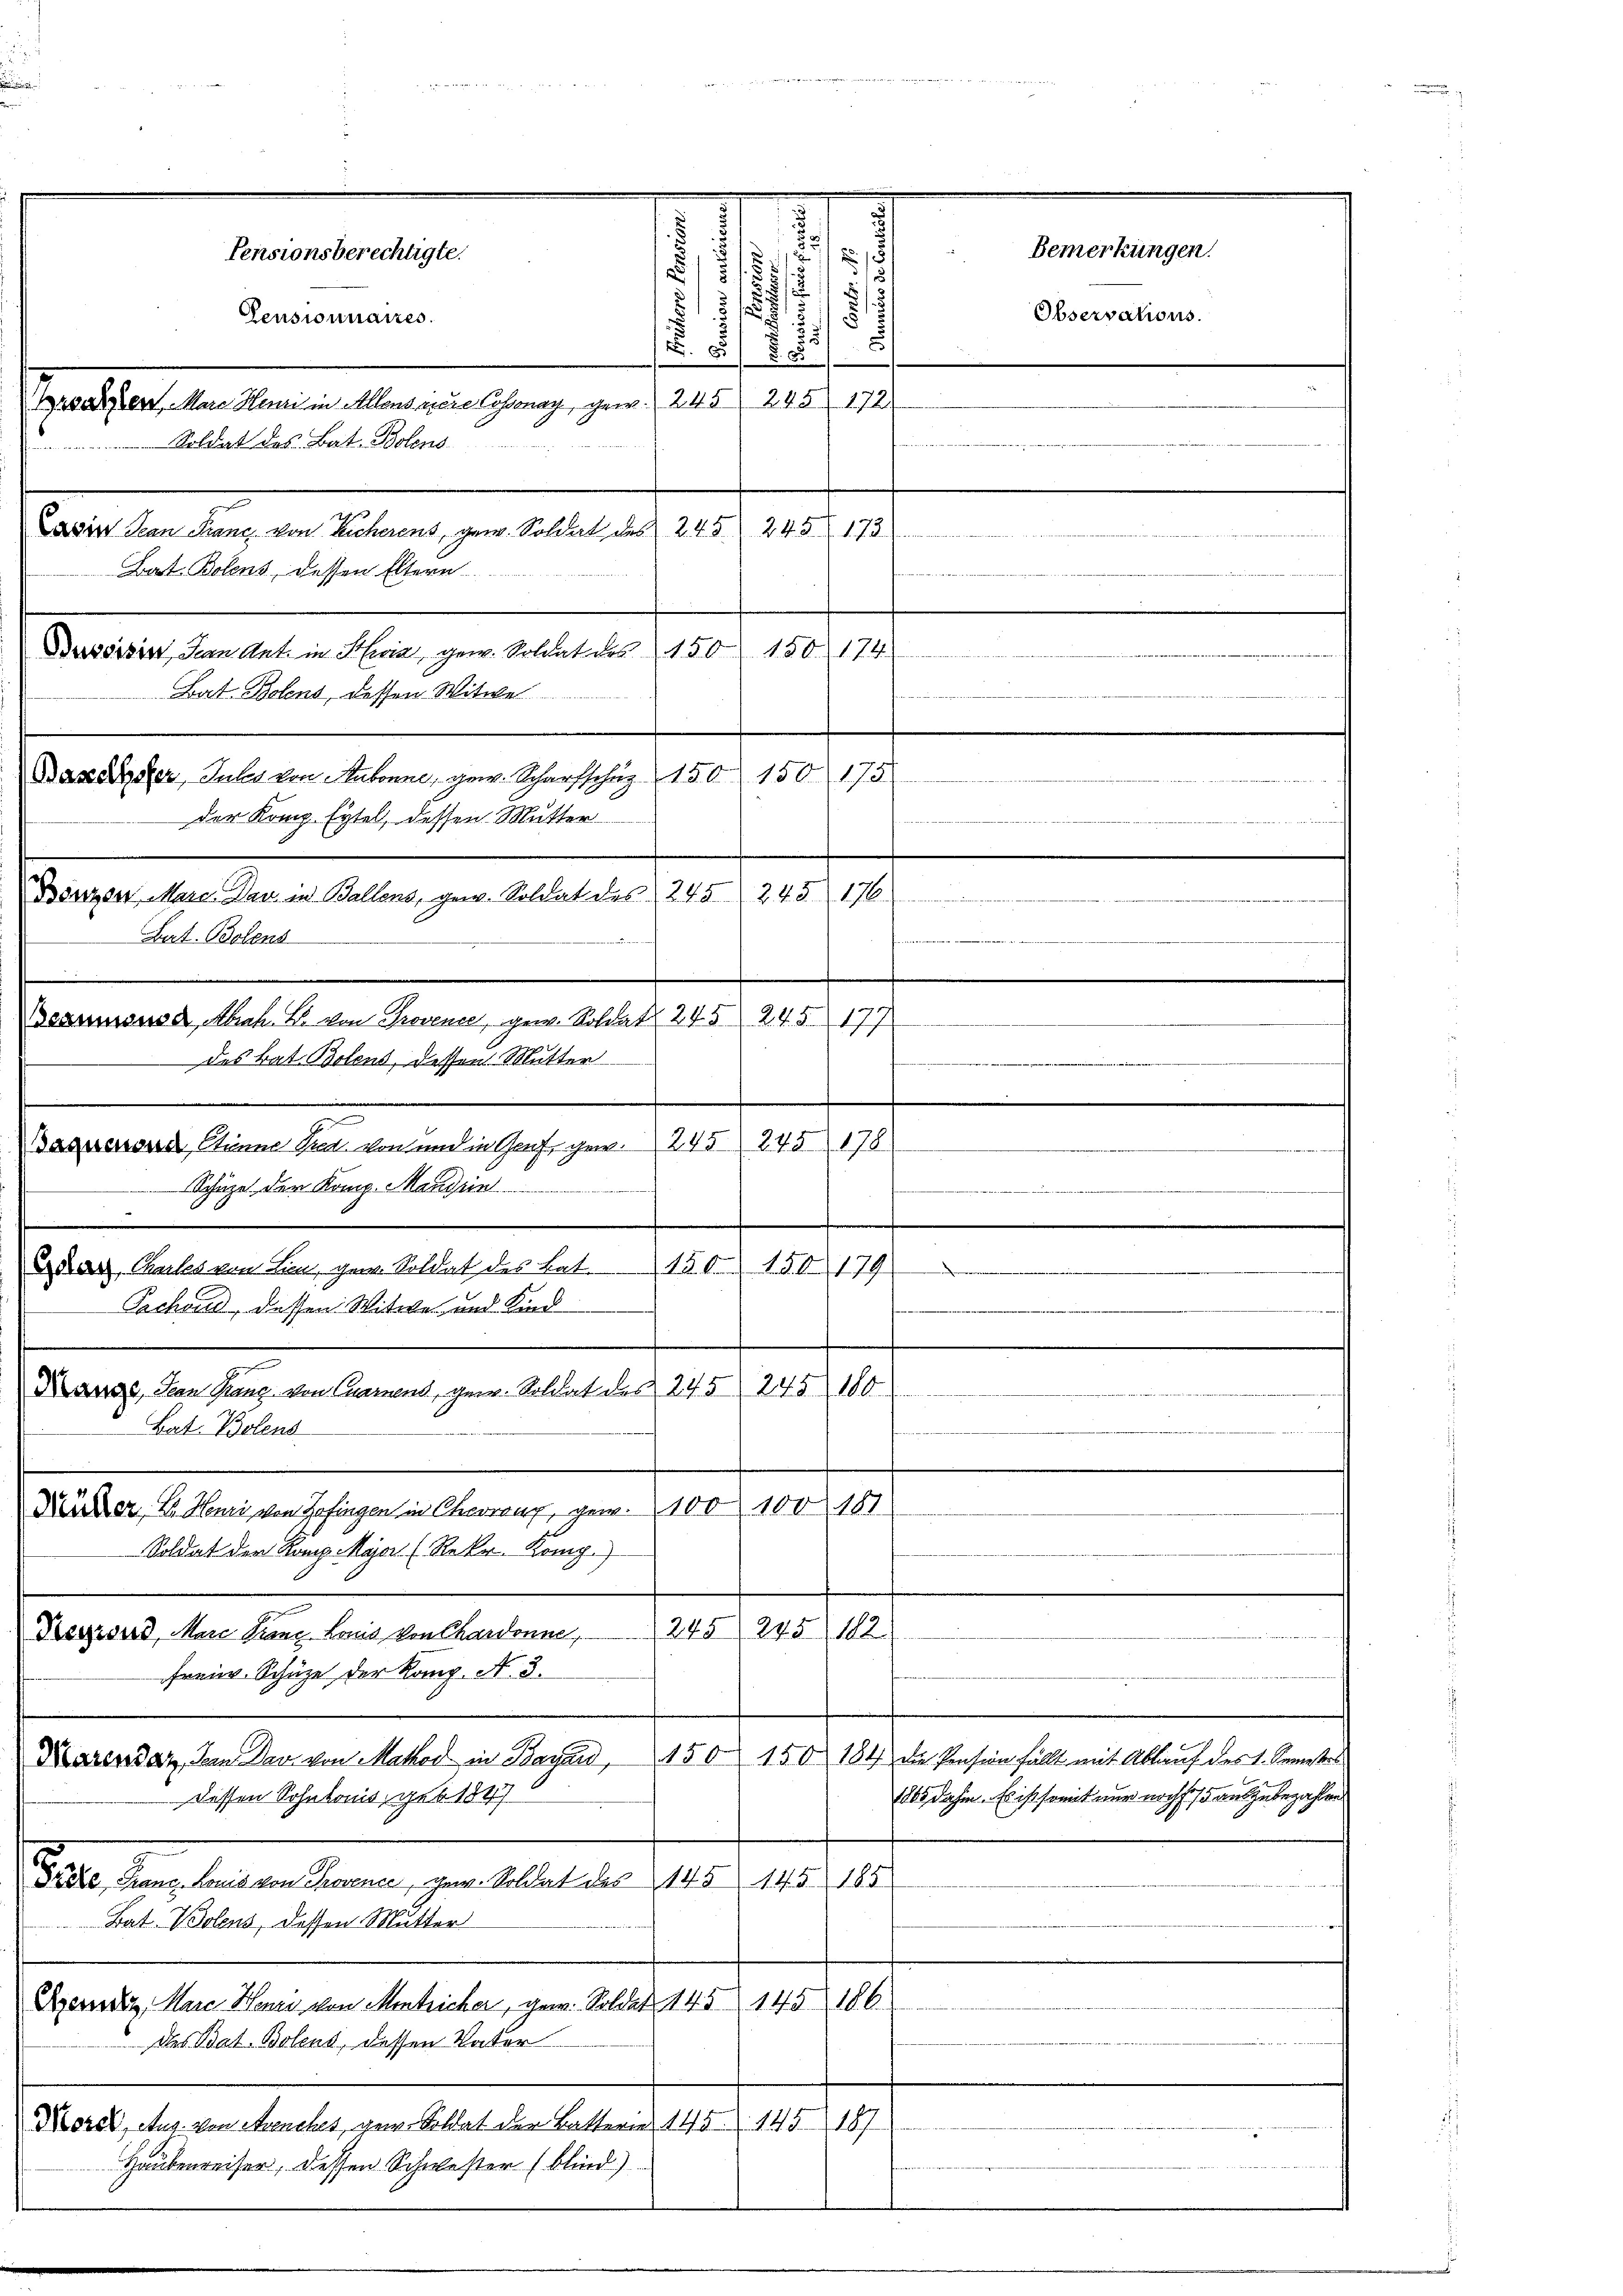
.
)
2
11/
3
u
Observations.
2
Pensionnaires.
u
N. 8 808
Brsalzen. Marie Henri in Allensriere Cossonay, gew. 245 245 178
Soldat des Bat. Ben
Lawin Jean Franz von Leicherens, gew. Soldat das 245 245. 173
Bat. Bolens, dessen Eltern
174)
150.
Praesen derseiten der gern selbe aber 190
Bat Botens, dessen Witwe
1781
Banalser, Intes von Hubonne, gew. Scharfschuz 150 150
der Komp. Eytel, dessen Mutter
176.
Dösizen Marc. Das in Ballens, gew. Soldat des 245 245
Lat. Bolens
ee in ein ein
Beamusnod, Abrah. B. von Provence, gew. Soldat 245 245. 177
des Bat. Bolend, dessen Mutter
Baquessene Sinne den von und in Graf, gew. 245. 243. 178
Schüze der Komp. Manien
.
.
dar, Chartes von Lun, gew. Soldat des Bat. 150. 150. 179
Sachend, dessen Witwe und Kind
Kange, Han Ganz von Carnend, gew. Soldat des 245 245 180
Bat. Bolens
Dürer, V. Henzi, von Zofingen in Cherrenz, gen. 100. 100 181
Soldat der Komp. Major (Rekr. Komp.
245 245, 182
Berond, Mare Franz Lois von Chardonne,
freiw. Schüze der Komp. N. 3.
Karensatz, den Der von Makod in Bayud, 150 150 184 die Pension fällt mit Ablauf des 1. Semesters
1865 dahin. Es ist somit nur noch so auszubezahlen
dessen Sohntonis, geb 1847
Gäste, Grane. Louis von Provence, gew. Soldat des 145. 145. 185
Bat. Violens, dessen Mutter
Benz, Marc Henzi von entricher, gew. Soldet 145 145 186
des Bat. Bolens, dessen Vater
Norel, Aug. von Avenches gew. Soldat der Batterie 145. 145187
Haubenreiser, dessen Schwester (blind)

Pensionsberechtigte.

.
1
,

Bemerkungen.

512